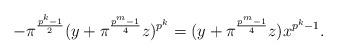
LaTeX: \begin{align*}-\pi^{\frac{p^k-1}{2}}(y+\pi ^{\frac{p^m-1}{4}}z)^{p^k}=(y+\pi ^{\frac{p^m-1}{4}}z)x^{p^k-1}.\end{align*}